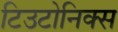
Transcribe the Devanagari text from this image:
टिउटोनिक्स